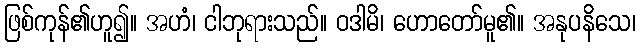
ဖြစ်ကုန်၏ဟူ၍။ အဟံ၊ ငါဘုရားသည်။ ဝဒါမိ၊ ဟောတော်မူ၏။ အနုပနိသေ၊